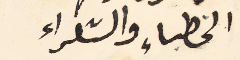
الخطباء والشعراء